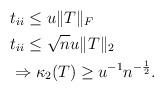
LaTeX: \begin{align*} &t_{ii} \le u \|T\|_F\\ &t_{ii} \le \sqrt{n} u \|T\|_2\\ &\Rightarrow \kappa_2(T) \ge u^{-1}n^{-\frac{1}{2}}.\\ \end{align*}